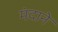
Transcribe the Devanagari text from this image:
मंदाने